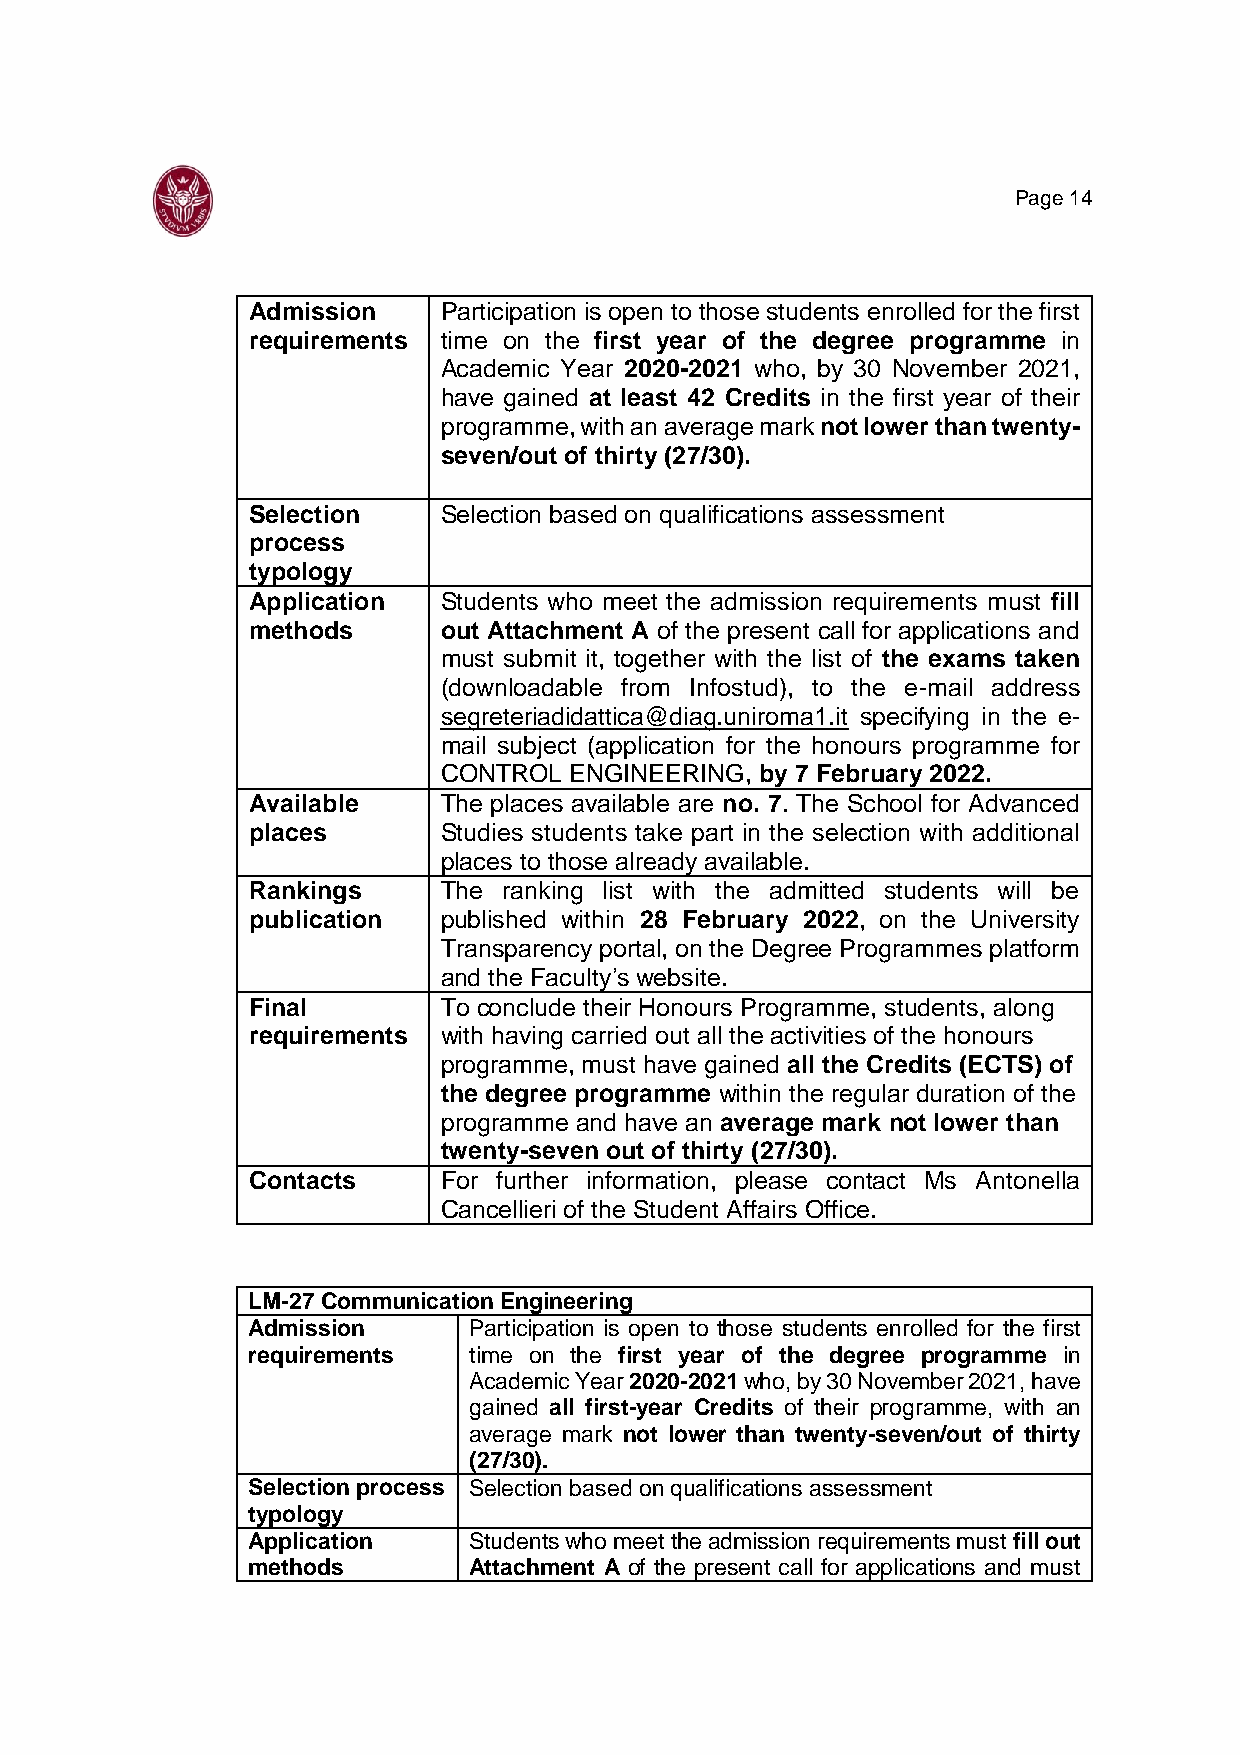
Page 14
 Admission    Participation is open to those students enrolled for the first
 requirements time on the first year of the degree programme in
 Academic Year 2020-2021 who, by 30 November 2021,
 have gained at least 42 Credits in the first year of their
 programme, with an average mark not lower than twenty-
 seven/out of thirty (27/30).
 Selection    Selection based on qualifications assessment
 process
 typology
 Application  Students who meet the admission requirements must fill
 methods      out Attachment A of the present call for applications and
 must submit it, together with the list of the exams taken
 (downloadable from Infostud), to the e-mail address
 segreteriadidattica@diag.uniroma1.it specifying in the e-
 mail subject (application for the honours programme for
 CONTROL  ENGINEERING, by 7 February 2022.
 Available    The places available are no. 7. The School for Advanced
 places       Studies students take part in the selection with additional
 places to those already available.
 Rankings     The ranking list with the admitted students will be
 publication  published within 28 February 2022, on the University
 Transparency portal, on the Degree Programmes platform
 and the Faculty’s website.
 Final        To conclude their Honours Programme, students, along
 requirements with having carried out all the activities of the honours
 programme, must have gained all the Credits (ECTS) of
 the degree programme within the regular duration of the
 programme and have an average mark not lower than
 twenty-seven out of thirty (27/30).
 Contacts     For further information, please contact Ms Antonella
 Cancellieri of the Student Affairs Office.
 LM-27 Communication Engineering
 Admission      Participation is open to those students enrolled for the first
 requirements   time on the first year of the degree programme in
 Academic Year 2020-2021 who, by 30 November 2021, have
 gained all first-year Credits of their programme, with an
 average mark not lower than twenty-seven/out of thirty
 (27/30).
 Selection process Selection based on qualifications assessment
 typology
 Application    Students who meet the admission requirements must fill out
 methods        Attachment A of the present call for applications and must